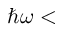
\hbar \omega <